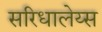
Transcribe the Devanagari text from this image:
सरिधालेय्स